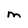
Character: m